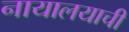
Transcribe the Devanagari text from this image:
नायालयाची